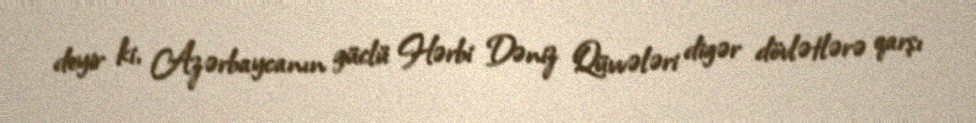
deyir ki, Azərbaycanın güclü Hərbi Dəniz Qüvvələri digər dövlətlərə qarşı